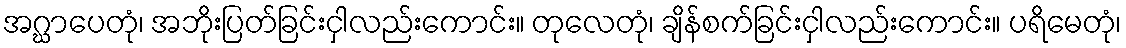
အဂ္ဃာပေတုံ၊ အဘိုးပြတ်ခြင်းငှါလည်းကောင်း။ တုလေတုံ၊ ချိန်စက်ခြင်းငှါလည်းကောင်း။ ပရိမေတုံ၊